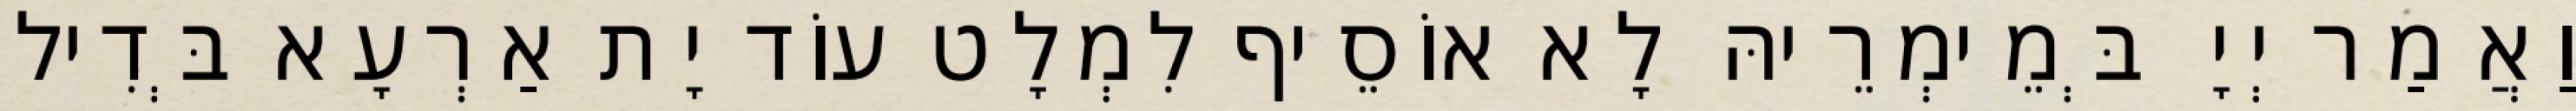
וַאֲמַר יְיָ בְּמֵימְרֵיהּ לָא אוֹסֵיף לִמְלָט עוֹד יָת אַרְעָא בְּדִיל